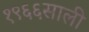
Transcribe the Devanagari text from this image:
१९६६साली